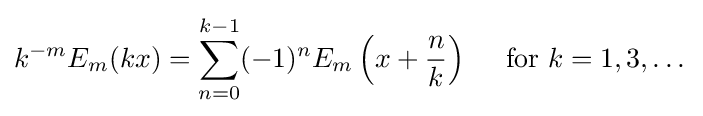
k^{-m}E_{m}(kx)=\sum _{n=0}^{k-1}(-1)^{n}E_{m}\left(x+{\frac {n}{k}}\right)\quad {\mbox{ for }}k=1,3,\dots